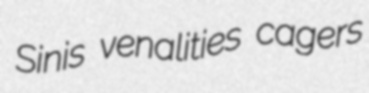
Sinis venalities cagers